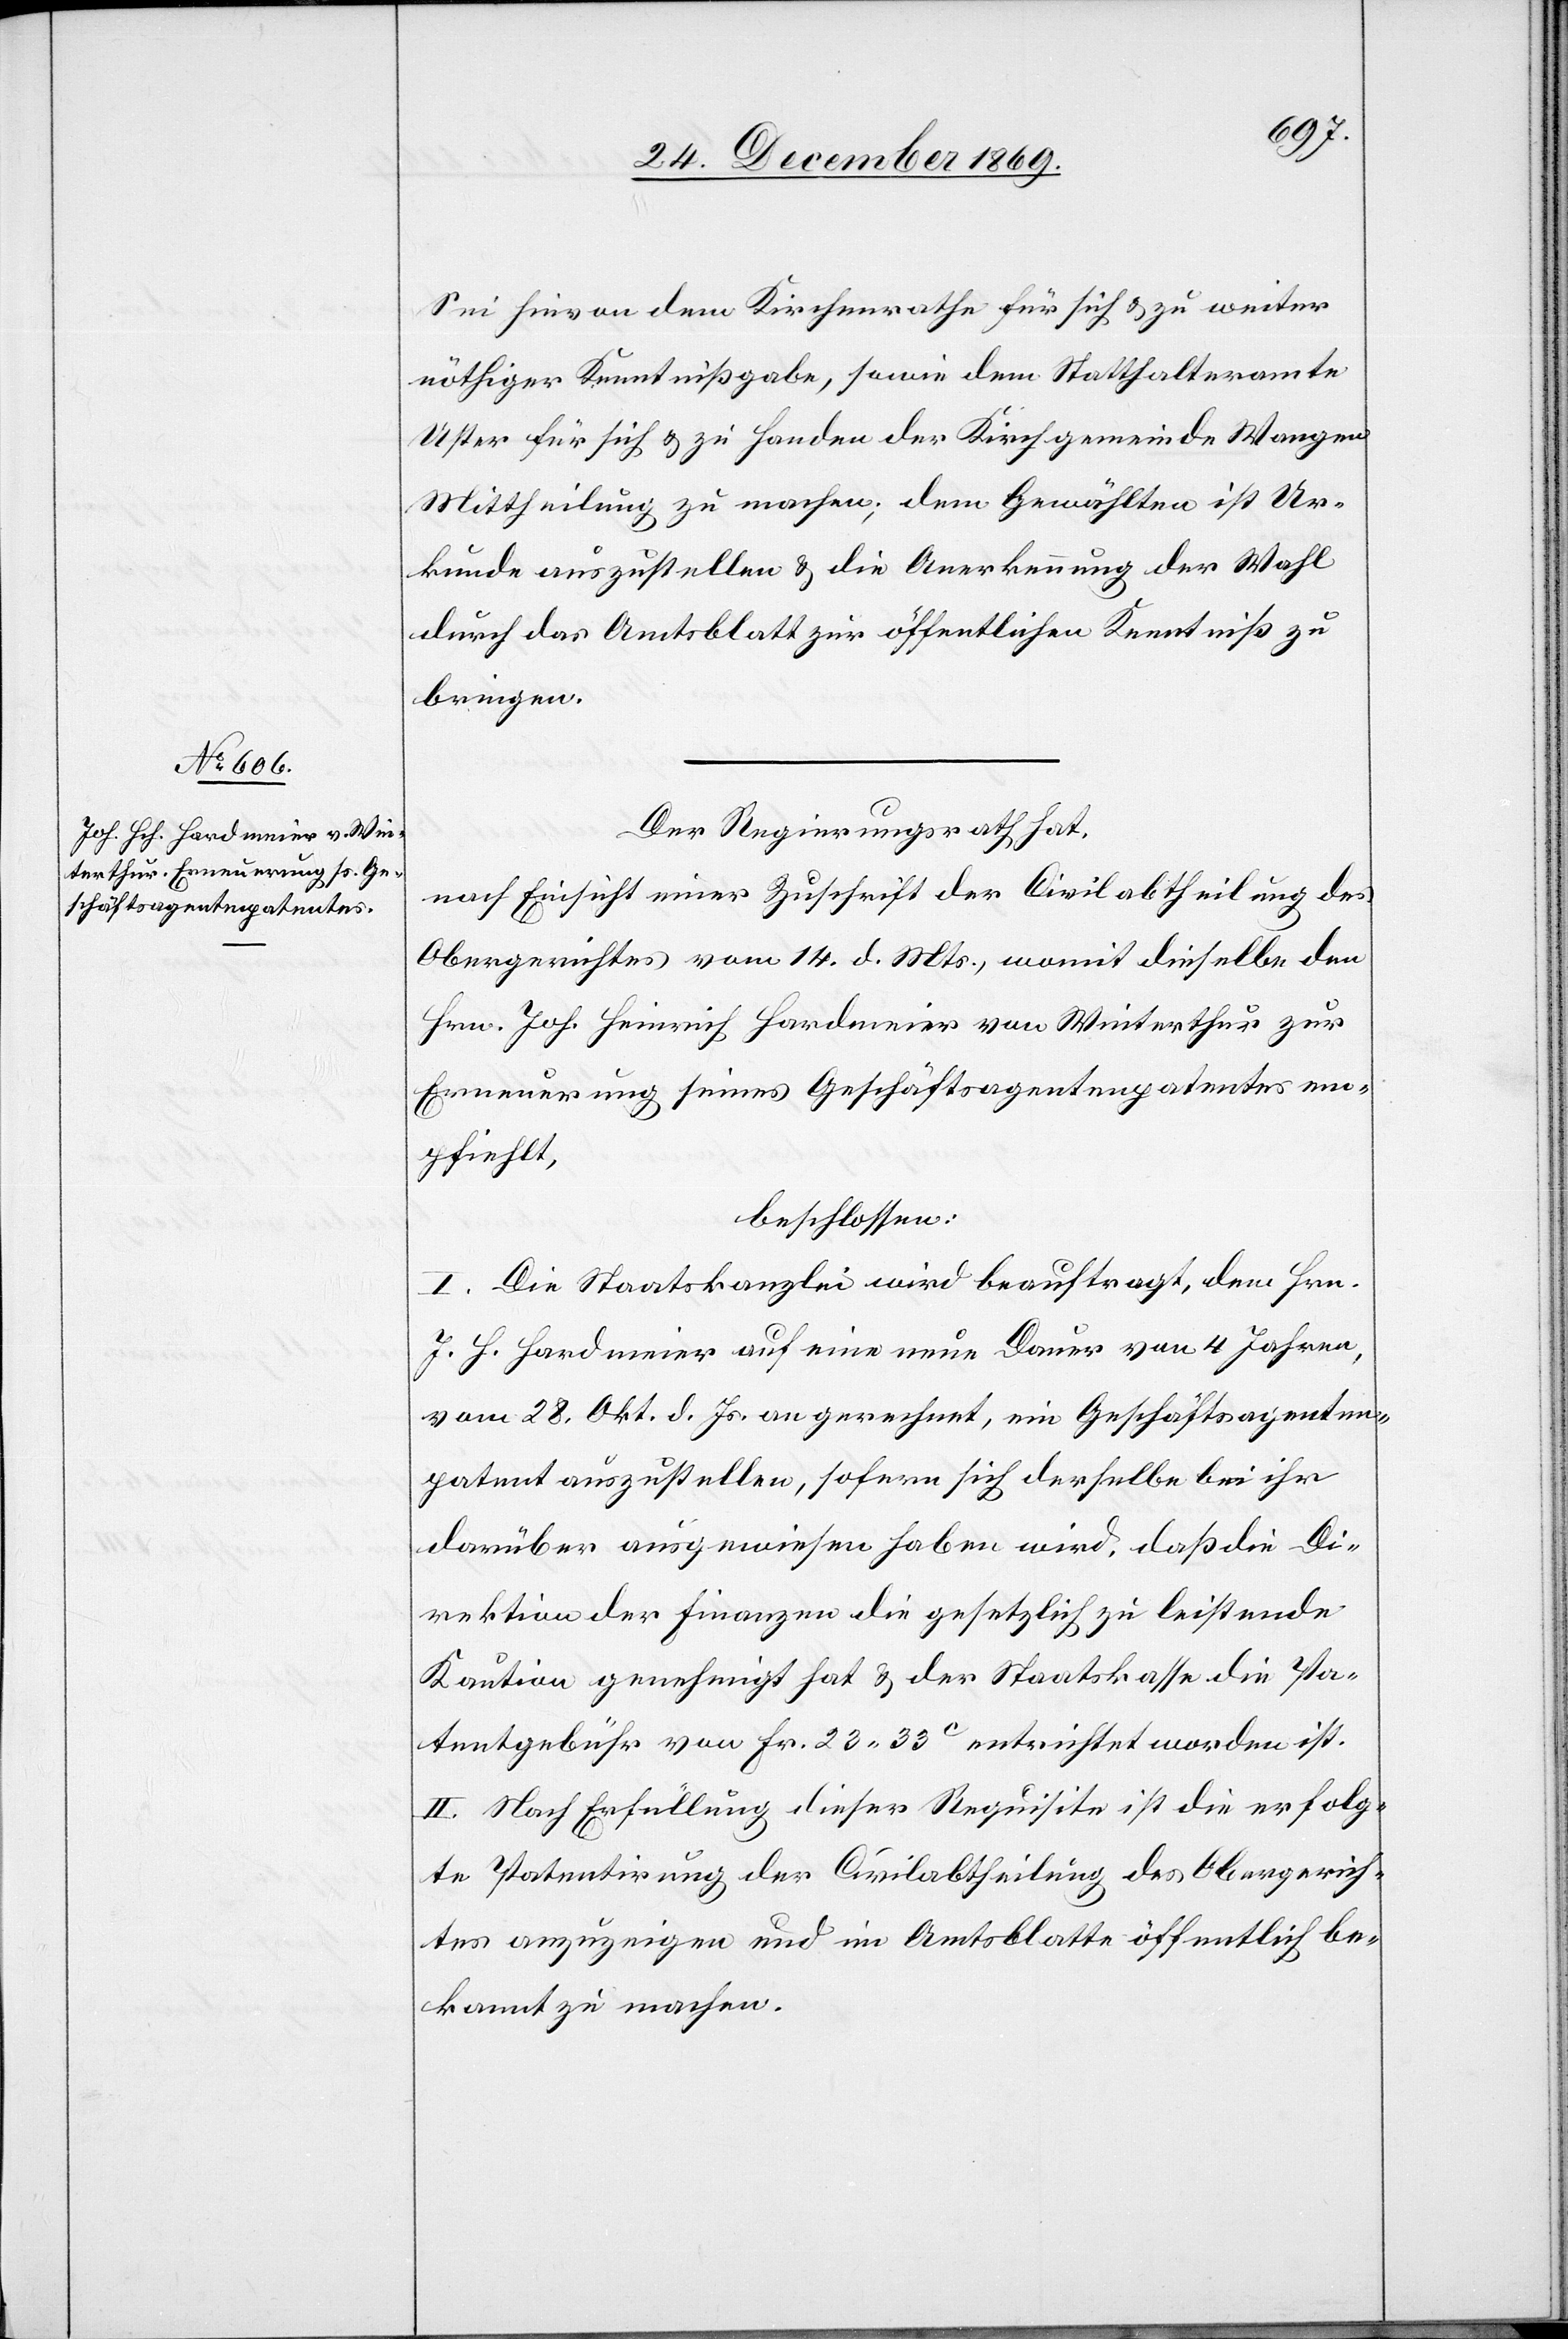
Sei hievon dem Kirchenrathe für sich & zu weiter
nöthiger Kenntnißgabe, sowie dem Statthalteramte
Uster für sich & zu Handen der Kirchgemeinde Wangen
Mittheilung zu machen; dem Gewählten ist Ur¬
kunde auszustellen & die Anerkennung der Wahl
durch das Amtsblatt zur öffentlichen Kenntniß zu
bringen.
Der Regierungsrath hat,
nach Einsicht einer Zuschrift der Civilabtheilung des
Obergerichtes vom 14. d. Mts., womit dieselbe den
Hrn. Joh. Heinrich Hardmeier von Winterthur zur
Erneuerung seines Geschäftsagentenpatentes em¬
pfiehlt,
beschlossen:
I. Die Staatskanzlei wird beauftragt, dem Hrn.
J. H. Hardmeier auf eine neue Dauer von 4 Jahren,
vom 28. Okt. d. Js. an gerechnet, ein Geschäftsagenten¬
patent auszustellen, sofern sich derselbe bei ihr
darüber ausgewiesen haben wird, daß die Di¬
rektion der Finanzen die gesetzlich zu leistende
Kaution genehmigt hat & der Staatskasse die Pa¬
tentgebühr von Fr. 23 33C entrichtet worden ist.
II. Nach Erfüllung dieser Requisite ist die erfolg¬
te Patentirung der Civilabtheilung des Obergerich¬
tes anzuzeigen und im Amtsblatte öffentlich be¬
kannt zu machen.